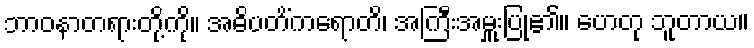
ဘာဝနာတရားတို့ကို။ အဓိပတိံကရောတိ၊ အကြီးအမှူးပြု၏။ ဟေတု ဘူတာယ။